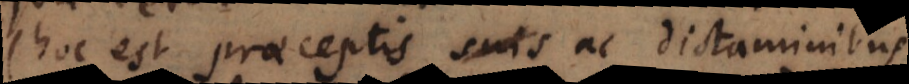
(hoc est praeceptis seu dictaminibus